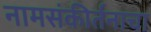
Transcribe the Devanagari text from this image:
नामसंकीर्तनाचा